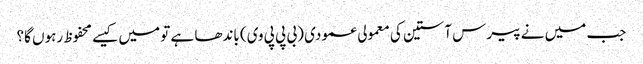
جب میں نے پیرس آستین کی معمولی عمودی (بی پی پی وی) باندھا ہے تو میں کیسے محفوظ رہوں گا؟